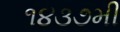
૧૪૩૭મી